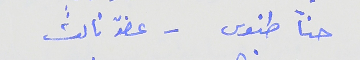
حنآ طنوس - عضوّ ثالث